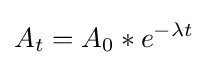
A_{t}={A_{0}}*{e^{-\lambda t}}